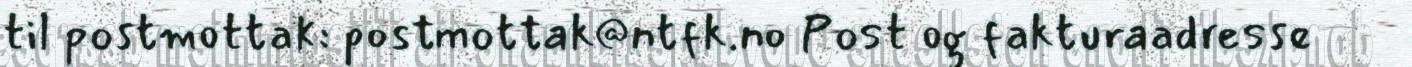
til postmottak: postmottak@ntfk.no Post og fakturaadresse